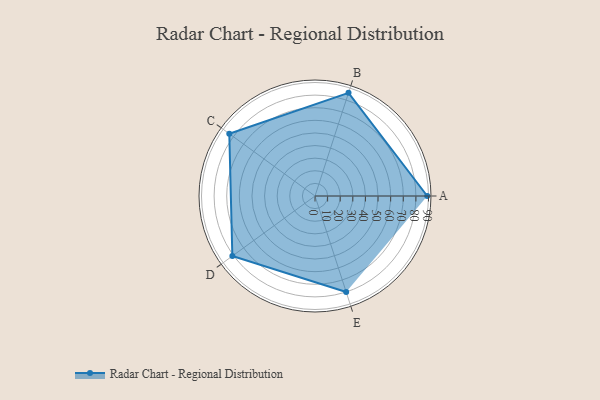
{"axis": {"x": "Skill", "y": "Score"}, "legend": ["Profile"], "data": [{"x": "A", "y": 89.0, "type": "Profile"}, {"x": "B", "y": 86.0, "type": "Profile"}, {"x": "C", "y": 84.0, "type": "Profile"}, {"x": "D", "y": 81.0, "type": "Profile"}, {"x": "E", "y": 80.0, "type": "Profile"}]}